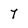
Character: 7